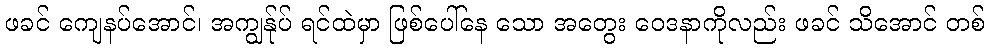
ဖခင် ကျေနပ်အောင်၊ အကျွန်ုပ် ရင်ထဲမှာ ဖြစ်ပေါ်နေ သော အတွေး ဝေဒနာကိုလည်း ဖခင် သိအောင် တစ်